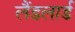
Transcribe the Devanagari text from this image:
लैंडलार्ड